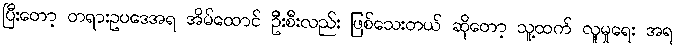
ပြီးတော့ တရားဥပဒေအရ အိမ်ထောင် ဦးစီးလည်း ဖြစ်သေးတယ် ဆိုတော့ သူ့ထက် လူမှုရေး အရ